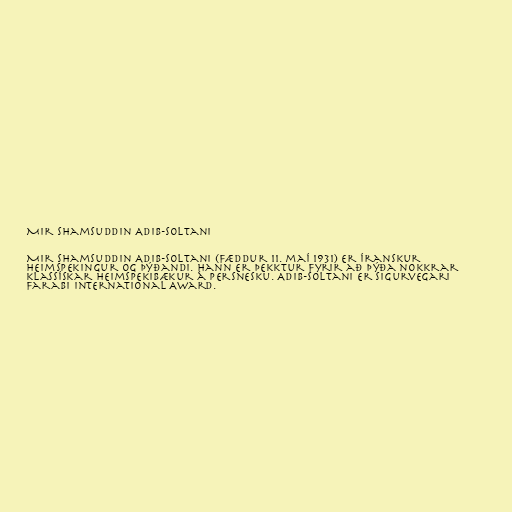
Mir Shamsuddin Adib-Soltani

Mir Shamsuddin Adib-Soltani (fæddur 11. maí 1931) er íranskur
heimspekingur og þýðandi. Hann er þekktur fyrir að þýða nokkrar
klassískar heimspekibækur á persnesku. Adib-Soltani er sigurvegari
Farabi International Award.